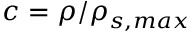
c = \rho / \rho _ { s , m a x }